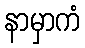
နာမှာကံ